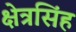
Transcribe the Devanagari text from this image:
क्षेत्रसिंह